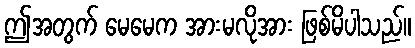
ဤအတွက် မေမေက အားမလိုအား ဖြစ်မိပါသည်။